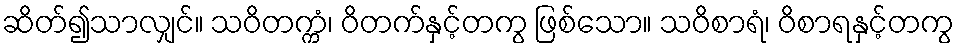
ဆိတ်၍သာလျှင်။ သဝိတက္ကံ၊ ဝိတက်နှင့်တကွ ဖြစ်သော။ သဝိစာရံ၊ ဝိစာရနှင့်တကွ